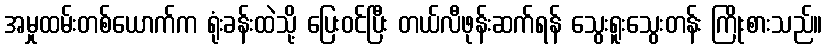
အမှုထမ်းတစ်ယောက်က ရုံးခန်းထဲသို့ ပြေးဝင်ပြီး တယ်လီဖုန်းဆက်ရန် သွေးရူးသွေးတန်း ကြိုးစားသည်။